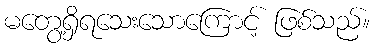
မတွေ့ရှိရသေးသောကြောင့် ဖြစ်သည်။